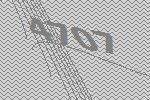
4707